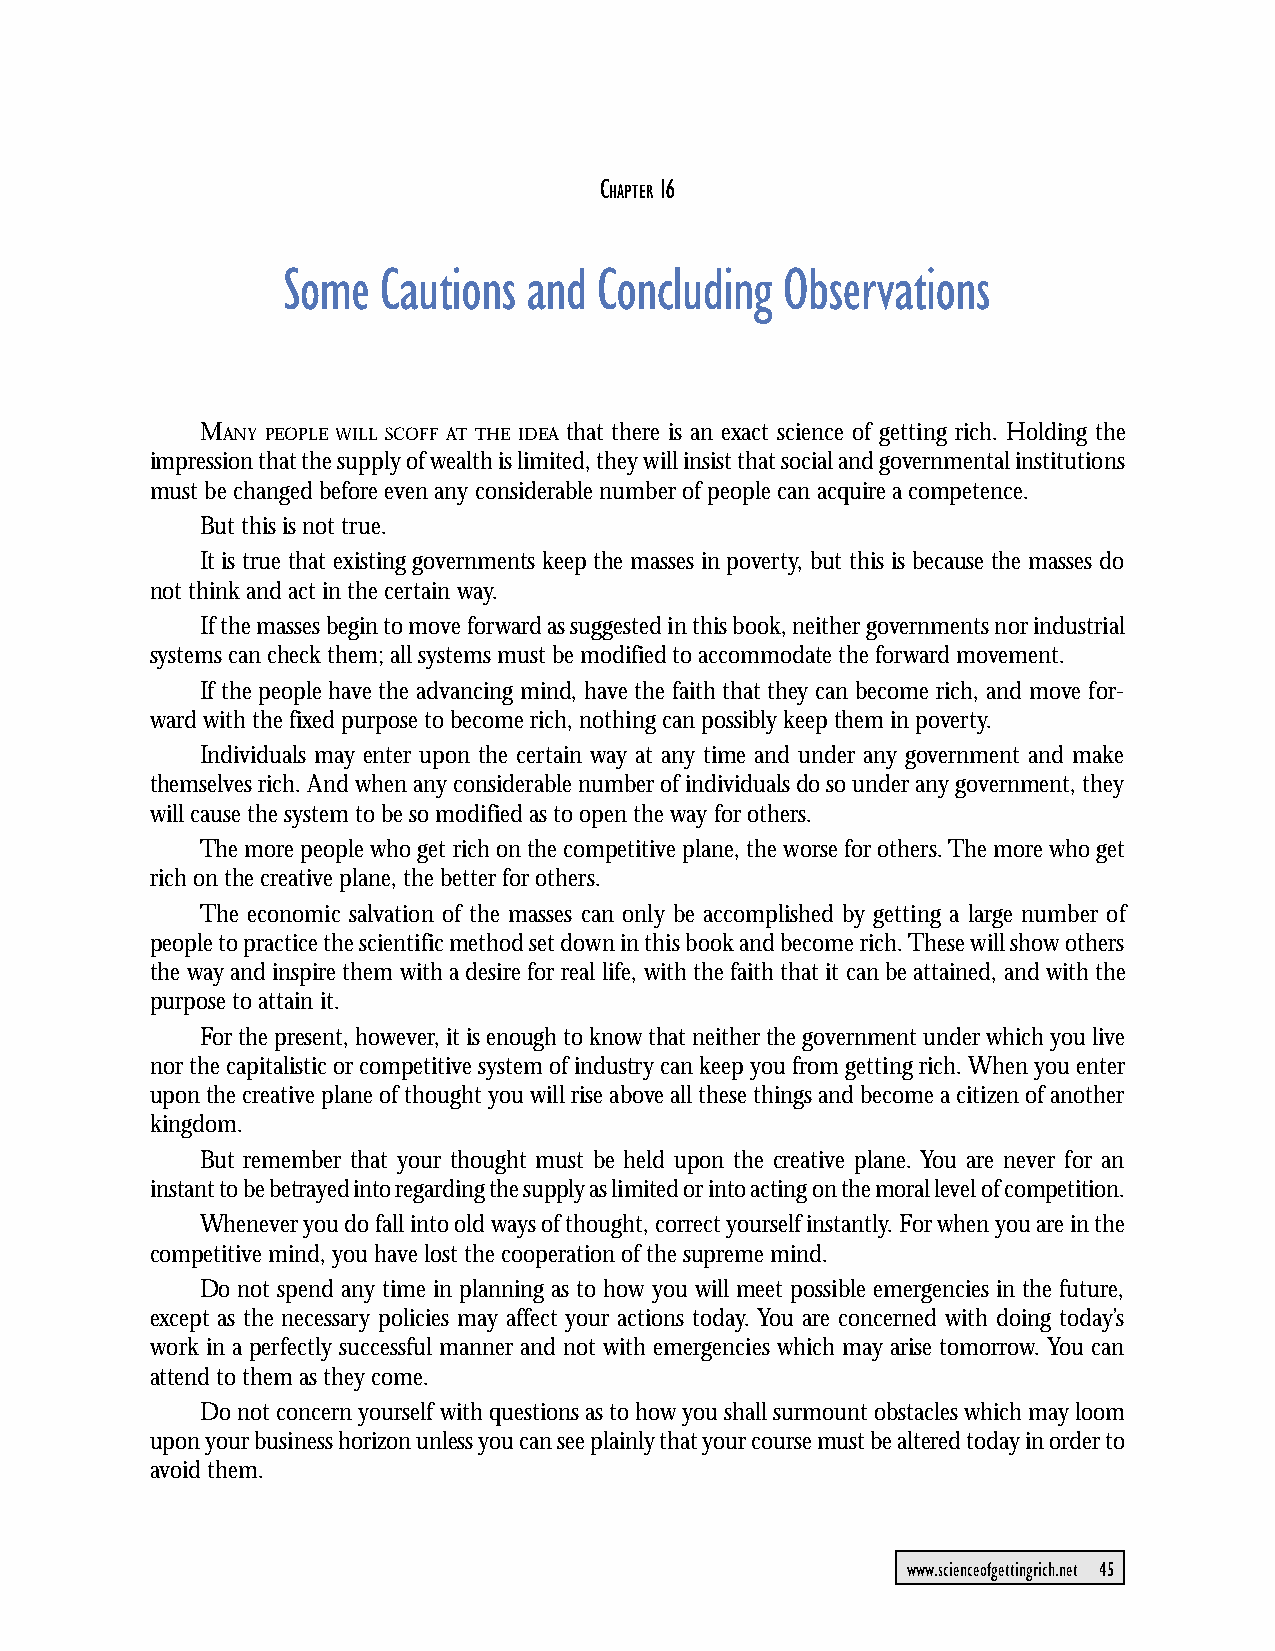
CHAPTER 16: Some Cautions and Concluding Observations
 C   16
 HAPTER
 Some  Cautions  and  Concluding  Observations
 MANY PEOPLE WILL SCOFF AT THE IDEA that there is an exact science of getting rich. Holding the
 impression that the supply of wealth is limited, they will insist that social and governmental institutions
 must be changed before even any considerable number of people can acquire a competence.
 But this is not true.
 It is true that existing governments keep the masses in poverty, but this is because the masses do
 not think and act in the certain way.
 If the masses begin to move forward as suggested in this book, neither governments nor industrial
 systems can check them; all systems must be modified to accommodate the forward movement.
 If the people have the advancing mind, have the faith that they can become rich, and move for-
 ward with the fixed purpose to become rich, nothing can possibly keep them in poverty.
 Individuals may enter upon the certain way at any time and under any government and make
 themselves rich. And when any considerable number of individuals do so under any government, they
 will cause the system to be so modified as to open the way for others.
 The more people who get rich on the competitive plane, the worse for others. The more who get
 rich on the creative plane, the better for others.
 The economic salvation of the masses can only be accomplished by getting a large number of
 people to practice the scientific method set down in this book and become rich. These will show others
 the way and inspire them with a desire for real life, with the faith that it can be attained, and with the
 purpose to attain it.
 For the present, however, it is enough to know that neither the government under which you live
 nor the capitalistic or competitive system of industry can keep you from getting rich. When you enter
 upon the creative plane of thought you will rise above all these things and become a citizen of another
 kingdom.
 But remember that your thought must be held upon the creative plane. You are never for an
 instant to be betrayed into regarding the supply as limited or into acting on the moral level of competition.
 Whenever you do fall into old ways of thought, correct yourself instantly. For when you are in the
 competitive mind, you have lost the cooperation of the supreme mind.
 Do not spend any time in planning as to how you will meet possible emergencies in the future,
 except as the necessary policies may affect your actions today. You are concerned with doing today’s
 work in a perfectly successful manner and not with emergencies which may arise tomorrow. You can
 attend to them as they come.
 Do not concern yourself with questions as to how you shall surmount obstacles which may loom
 upon your business horizon unless you can see plainly that your course must be altered today in order to
 avoid them.
 www.scienceofgettingrich.net 45